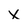
Character: x